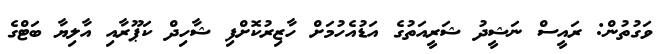
ވަގުތުން: ރައީސް ނަޝީދު ޝަރީއަތުގެ އަޑުއެހުމަށް ހާޒިރުކޮށްފި ޝާހިދް ކަޕޫރާއި އާލިޔާ ބަޓްގެ